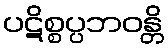
ပဋိစ္စပ္ပဘဝန္တိ